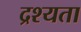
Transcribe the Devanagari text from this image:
द्रश्यता